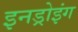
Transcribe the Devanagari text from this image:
इनड्रोइंग